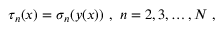
\tau _ { n } ( x ) = \sigma _ { n } ( y ( x ) ) \ , \ n = 2 , 3 , \ldots , N \ ,